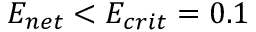
E _ { n e t } < E _ { c r i t } = 0 . 1